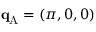
\mathbf { q } _ { \mathrm { A } } ^ { } = ( \pi , 0 , 0 )